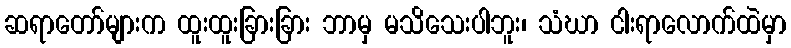
ဆရာတော်များက ထူးထူးခြားခြား ဘာမှ မသိသေးပါဘူး၊ သံဃာ ငါးရာလောက်ထဲမှာ